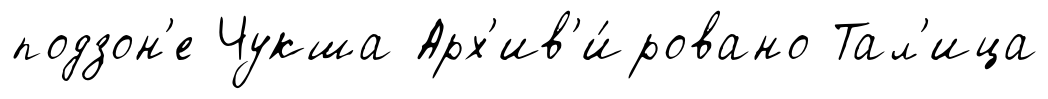
подзон'е Чукша Арх'ив'и́ровано Тал'ица